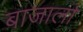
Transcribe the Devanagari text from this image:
बाजार्ला